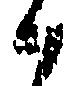
候